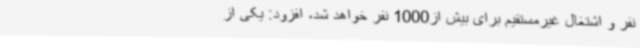
نفر و اشتغال غیرمستقیم برای بیش از1000 نفر خواهد شد، افزود: یکی از